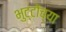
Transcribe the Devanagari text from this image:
भुट्टोंच्या